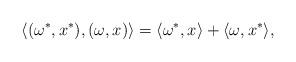
LaTeX: \begin{align*} \left \langle (\omega^*, x^*) , (\omega, x) \right \rangle = \langle \omega^*, x\rangle + \langle \omega, x^*\rangle,\end{align*}